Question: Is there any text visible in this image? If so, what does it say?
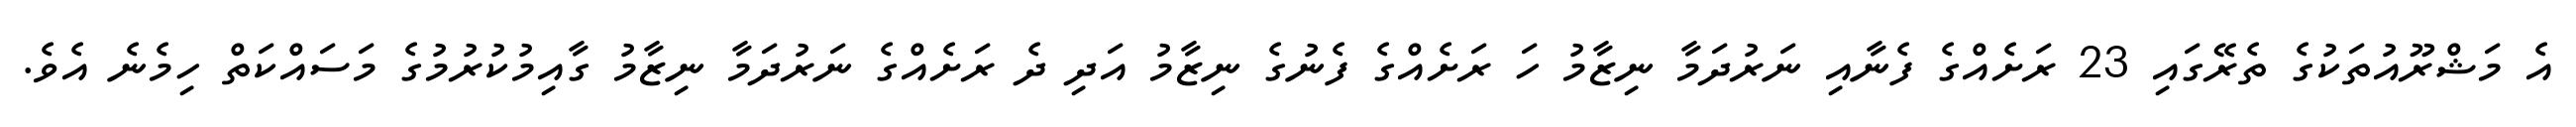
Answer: އެ މަޝްރޫއުތަކުގެ ތެރޭގައި 23 ރަށެއްގެ ފެނާއި ނަރުދަމާ ނިޒާމު ހަ ރަށެއްގެ ފެނުގެ ނިޒާމު އަދި ދެ ރަށެއްގެ ނަރުދަމާ ނިޒާމު ގާއިމުކުރުމުގެ މަސައްކަތް ހިމެނެ އެވެ.